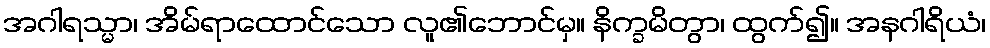
အဂါရသ္မာ၊ အိမ်ရာထောင်သော လူ၏ဘောင်မှ။ နိက္ခမိတွာ၊ ထွက်၍။ အနဂါရိယံ၊